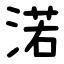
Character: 渃